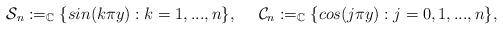
LaTeX: \begin{align*}&\mathcal{S}_n:=_\mathbb{C}\{ sin(k\pi y) : k=1,...,n \},&\mathcal{C}_n:=_\mathbb{C}\{ cos(j\pi y) : j=0,1,...,n \},\end{align*}